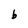
Character: b